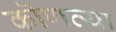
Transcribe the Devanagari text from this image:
कॊणत्या